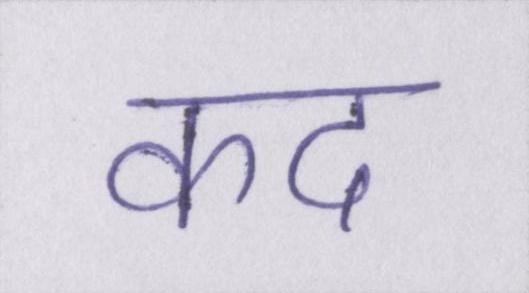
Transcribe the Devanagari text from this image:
कद